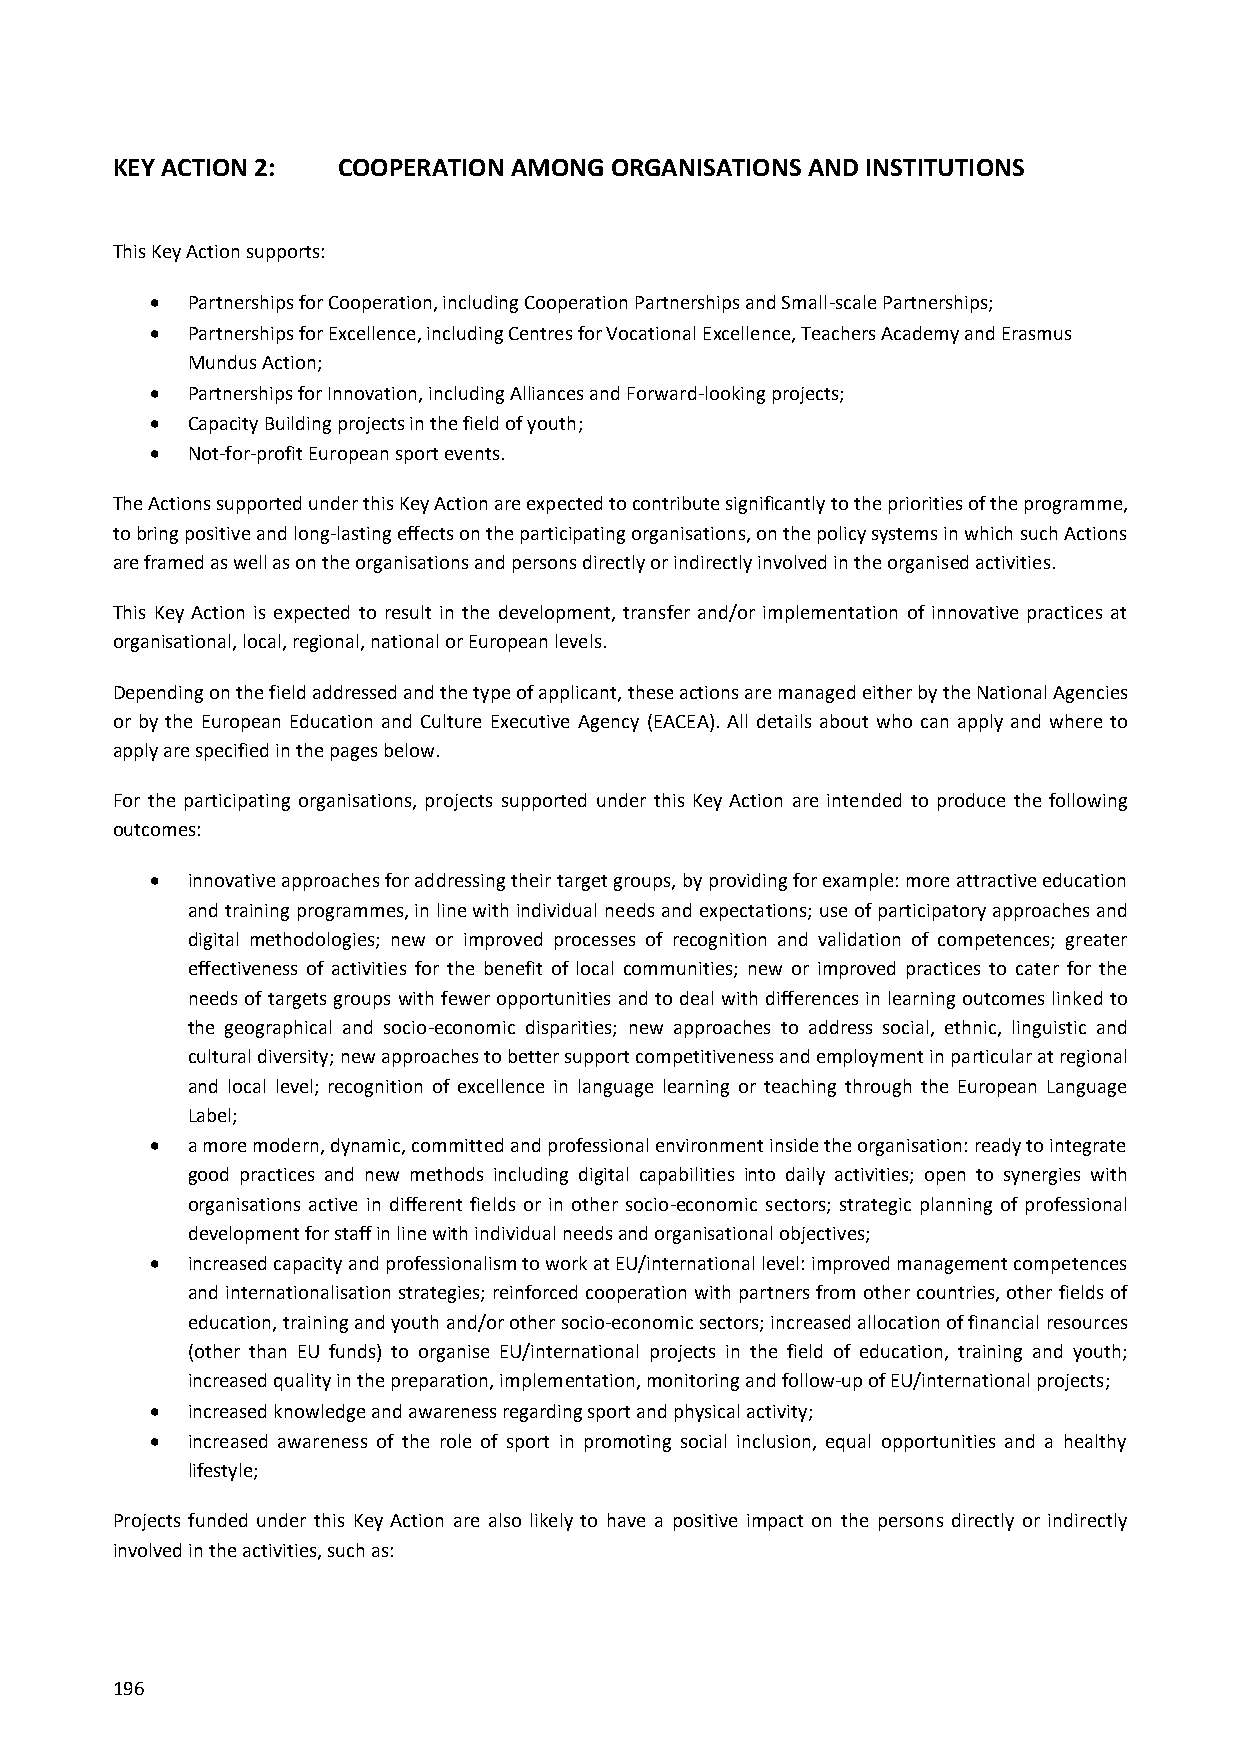
KEY ACTION 2:  COOPERATION AMONG ORGANISATIONS AND INSTITUTIONS
 This Key Action supports:
  Partnerships for Cooperation, including Cooperation Partnerships and Small-scale Partnerships;
  Partnerships for Excellence, including Centres for Vocational Excellence, Teachers Academy and Erasmus
 Mundus Action;
  Partnerships for Innovation, including Alliances and Forward-looking projects;
  Capacity Building projects in the field of youth;
  Not-for-profit European sport events.
 The Actions supported under this Key Action are expected to contribute significantly to the priorities of the programme,
 to bring positive and long-lasting effects on the participating organisations, on the policy systems in which such Actions
 are framed as well as on the organisations and persons directly or indirectly involved in the organised activities.
 This Key Action is expected to result in the development, transfer and/or implementation of innovative practices at
 organisational, local, regional, national or European levels.
 Depending on the field addressed and the type of applicant, these actions are managed either by the National Agencies
 or by the European Education and Culture Executive Agency (EACEA). All details about who can apply and where to
 apply are specified in the pages below.
 For the participating organisations, projects supported under this Key Action are intended to produce the following
 outcomes:
  innovative approaches for addressing their target groups, by providing for example: more attractive education
 and training programmes, in line with individual needs and expectations; use of participatory approaches and
 digital methodologies; new or improved processes of recognition and validation of competences; greater
 effectiveness of activities for the benefit of local communities; new or improved practices to cater for the
 needs of targets groups with fewer opportunities and to deal with differences in learning outcomes linked to
 the geographical and socio-economic disparities; new approaches to address social, ethnic, linguistic and
 cultural diversity; new approaches to better support competitiveness and employment in particular at regional
 and local level; recognition of excellence in language learning or teaching through the European Language
 Label;
  a more modern, dynamic, committed and professional environment inside the organisation: ready to integrate
 good practices and new methods including digital capabilities into daily activities; open to synergies with
 organisations active in different fields or in other socio-economic sectors; strategic planning of professional
 development for staff in line with individual needs and organisational objectives;
  increased capacity and professionalism to work at EU/international level: improved management competences
 and internationalisation strategies; reinforced cooperation with partners from other countries, other fields of
 education, training and youth and/or other socio-economic sectors; increased allocation of financial resources
 (other than EU funds) to organise EU/international projects in the field of education, training and youth;
 increased quality in the preparation, implementation, monitoring and follow-up of EU/international projects;
  increased knowledge and awareness regarding sport and physical activity;
  increased awareness of the role of sport in promoting social inclusion, equal opportunities and a healthy
 lifestyle;
 Projects funded under this Key Action are also likely to have a positive impact on the persons directly or indirectly
 involved in the activities, such as:
 196